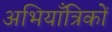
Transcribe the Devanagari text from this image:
अभियाँत्रिकों